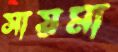
সায়মা